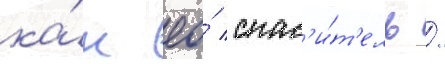
ка́к ео́ спас'и́т'ель /